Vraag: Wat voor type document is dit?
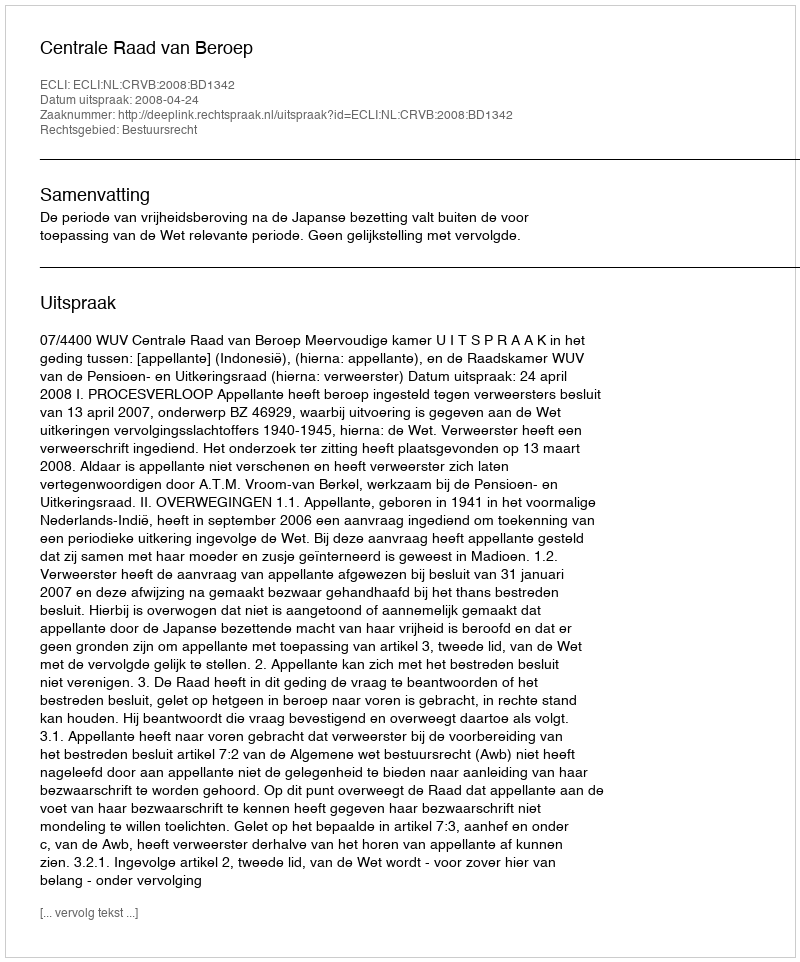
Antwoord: Uitspraak